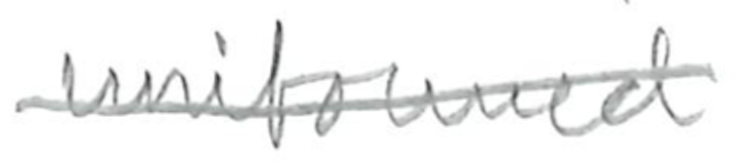
Text: uniformed
Cross-out: single-line
Writing tool: pencil